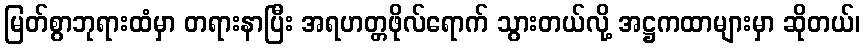
မြတ်စွာဘုရားထံမှာ တရားနာပြီး အရဟတ္တဖိုလ်ရောက် သွားတယ်လို့ အဋ္ဌကထာများမှာ ဆိုတယ်၊